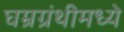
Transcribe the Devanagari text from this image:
घम्रग्रंथीमध्ये